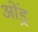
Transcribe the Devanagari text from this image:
ओंड्र